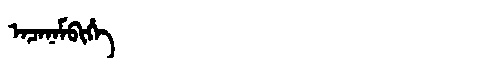
Manchu: ᠠᠴᠠᠨᠠᠮᠪᡳᡥᡝ
Romanization: ACANAMBIHE